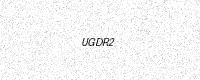
Text: UGDR2